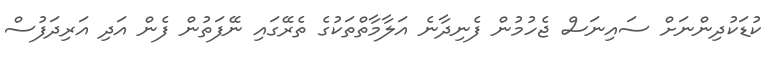
ކުޑަކުދިންނަށް ސައިނަސް ޖެހުމުން ފެނިދާނެ އަލާމާތްތަކުގެ ތެރޭގައި ނޭފަތުން ފެން އަދި އަރިދަފުސް